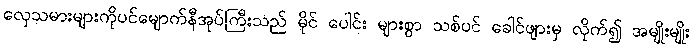
လှေသမားများကိုပင်မျောက်နီအုပ်ကြီးသည် မိုင် ပေါင်း များစွာ သစ်ပင် ခေါင်ဖျားမှ လိုက်၍ အမျိုးမျိုး